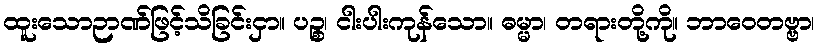
ထူးသောဉာဏ်ဖြင့်သိခြင်းငှာ။ ပဉ္စ၊ ငါးပါးကုန်သော။ ဓမ္မာ၊ တရားတို့ကို။ ဘာဝေတဗ္ဗာ၊